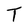
Character: T